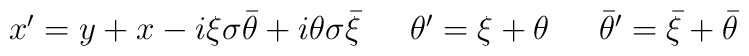
\begin{array}{lll}x^{\prime}=y+x-i\xi\sigma\bar{\theta}+i\theta\sigma\bar{\xi}~&~ \theta^{\prime}=\xi+\theta~&~\bar{\theta}^{\prime}=\bar{\xi}+\bar{\theta}\end{array}